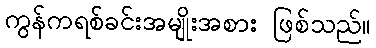
ကွန်ကရစ်ခင်းအမျိုးအစား ဖြစ်သည်။